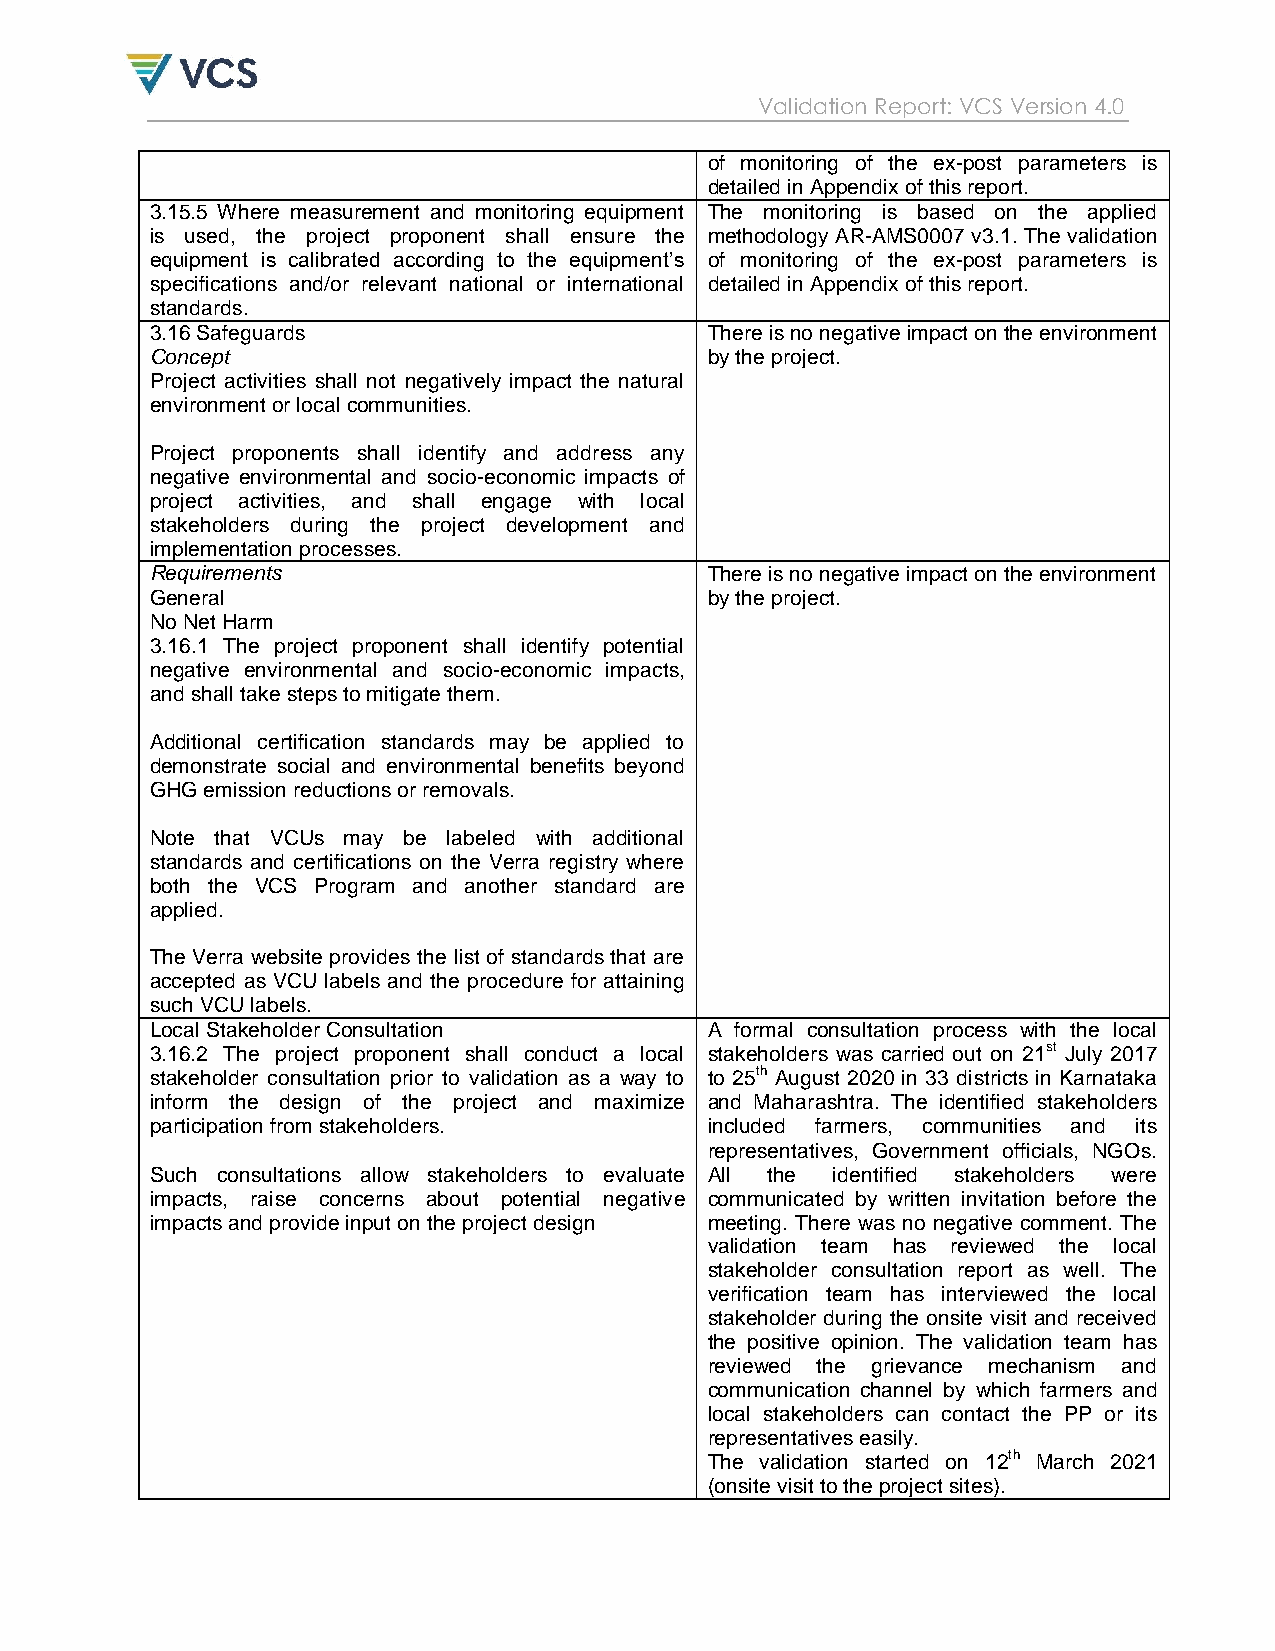
Validation Report: VCS Version 4.0
 of monitoring of the ex-post parameters is
 detailed in Appendix of this report.
 3.15.5 Where measurement and monitoring equipment The monitoring is based on the applied
 is used, the project proponent shall ensure the methodology AR-AMS0007 v3.1. The validation
 equipment is calibrated according to the equipment‟s of monitoring of the ex-post parameters is
 specifications and/or relevant national or international detailed in Appendix of this report.
 standards.
 3.16 Safeguards                      There is no negative impact on the environment
 Concept                              by the project.
 Project activities shall not negatively impact the natural
 environment or local communities.
 Project proponents shall identify and address any
 negative environmental and socio-economic impacts of
 project activities, and shall engage with local
 stakeholders during the project development and
 implementation processes.
 Requirements                         There is no negative impact on the environment
 General                              by the project.
 No Net Harm
 3.16.1 The project proponent shall identify potential
 negative environmental and socio-economic impacts,
 and shall take steps to mitigate them.
 Additional certification standards may be applied to
 demonstrate social and environmental benefits beyond
 GHG emission reductions or removals.
 Note that VCUs may be labeled with additional
 standards and certifications on the Verra registry where
 both the VCS Program and another standard are
 applied.
 The Verra website provides the list of standards that are
 accepted as VCU labels and the procedure for attaining
 such VCU labels.
 Local Stakeholder Consultation       A formal consultation process with the local
 3.16.2 The project proponent shall conduct a local stakeholders was carried out on 21st July 2017
 stakeholder consultation prior to validation as a way to to 25th August 2020 in 33 districts in Karnataka
 inform the design of the project and maximize and Maharashtra. The identified stakeholders
 participation from stakeholders.     included farmers, communities and its
 representatives, Government officials, NGOs.
 Such consultations allow stakeholders to evaluate All the identified stakeholders were
 impacts, raise concerns about potential negative communicated by written invitation before the
 impacts and provide input on the project design meeting. There was no negative comment. The
 validation team has reviewed the local
 stakeholder consultation report as well. The
 verification team has interviewed the local
 stakeholder during the onsite visit and received
 the positive opinion. The validation team has
 reviewed the grievance mechanism and
 communication channel by which farmers and
 local stakeholders can contact the PP or its
 representatives easily.
 The validation started on 12th March 2021
 (onsite visit to the project sites).